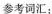
参考词汇：